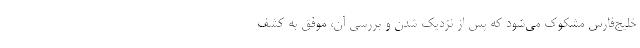
خلیج‌فارس مشکوک می‌شود که پس از نزدیک شدن و بررسی آن، موفق به کشف